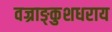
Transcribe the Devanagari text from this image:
वज्राङ्कुशधराय